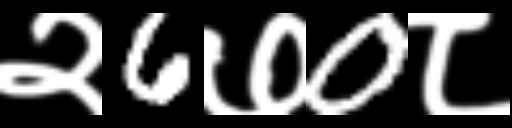
Text: २6७0८